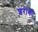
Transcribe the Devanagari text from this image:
शरीकी